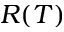
R ( T )